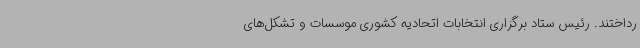
رداختند. رئیس ستاد برگزاری انتخابات اتحادیه کشوری موسسات و تشکل‌های